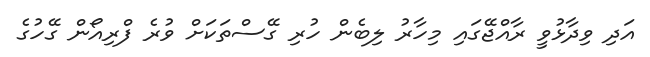
އަދި ވިދާޅުވީ ރާއްޖޭގައި މިހާރު ލިބެން ހުރި ގޭސްތަކަށް ވުރެ ފްރިއޯން ގޭހުގެ